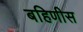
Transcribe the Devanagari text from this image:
बहिणीस